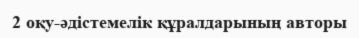
2 оқу-әдістемелік құралдарының авторы